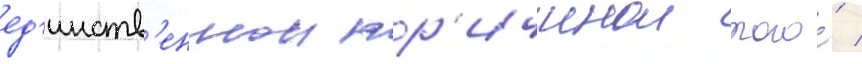
ед'инств'еннои пр'ичинои того́ /